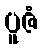
ပူဇံ